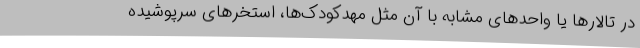
در تالارها یا واحدهای مشابه با آن مثل مهدکودک‌ها، استخرهای سرپوشیده